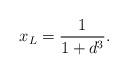
LaTeX: \begin{align*}x_L=\frac{1}{1+d^3}.\end{align*}